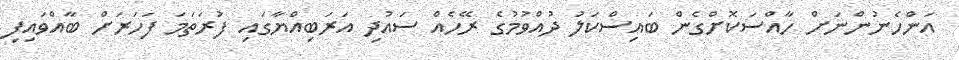
އަންހެނުންނަށް ހާއްސަކޮށްގެން ބައިސްކަލު ދުއްވުމުގެ ރޭހެއް ސައުދި އަރަބިއްޔާގައި ފުރަތަމަ ފަހަރަށް ބާއްވައިފި